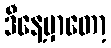
ဒီနေ့မှာတော့